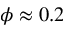
\phi \approx 0 . 2